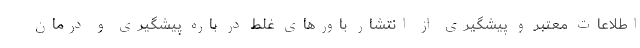
اطلاعات معتبر و پیشگیری از انتشار باورهای غلط در باره پیشگیری و درمان